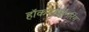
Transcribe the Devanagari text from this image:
हॉकनहाईनरिंग